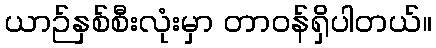
ယာဉ်နှစ်စီးလုံးမှာ တာဝန်ရှိပါတယ်။